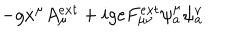
- g \dot { x } ^ { \mu } A _ { \mu } ^ { e x t } + i g e F _ { \mu \nu } ^ { e x t } \psi _ { a } ^ { \mu } \psi _ { a } ^ { \nu }